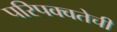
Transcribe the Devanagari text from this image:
परिपक्वतेची